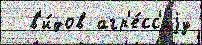
  в'и́дов агр'е́сс'иjу